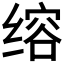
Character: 𮶅